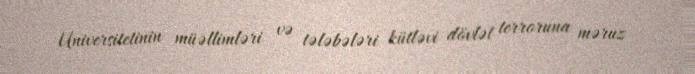
Universitetinin müəllimləri və tələbələri kütləvi dövlət terroruna məruz